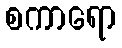
စကာရော